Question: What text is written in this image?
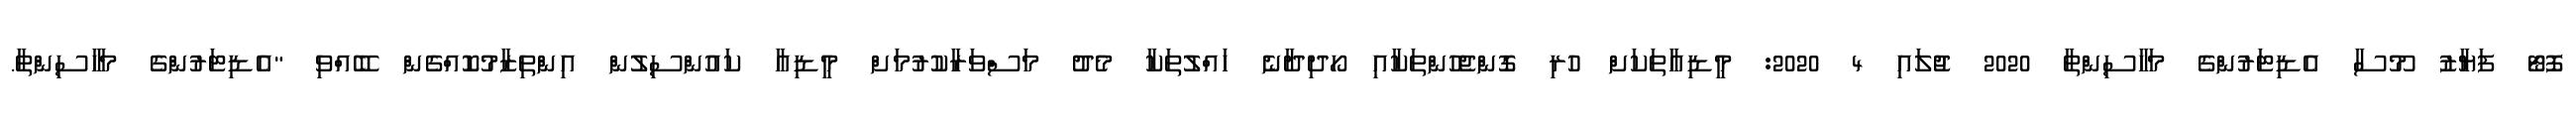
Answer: ފޮޓޯ ފަޔާޒު މޫސާ އެޑިޓަރުންގެ މަހާސިންތާ 2020 ޖުލައި 4 2020: މީޑިއާތަކަށް ހުރި ގޮންޖެހުންތަކާއި ހޯދިދާނެ ހައްލުތަކާ މެދު މަސްވަރާކުރުމަށް މީޑިއާ ކައުންސިލުން އިންތިޒާމުކޮއްގެން ބޭއްވި "އެޑިޓަރުންގެ މަހާސިންތާ.